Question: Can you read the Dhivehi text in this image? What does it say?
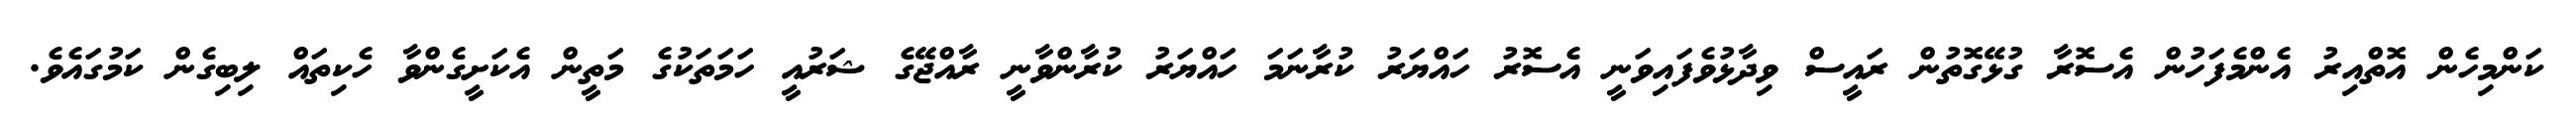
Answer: ކަންމިހެން އޮތްއިރު އެންމެފަހުން އެސޮރާ ގުޅޭގޮތުން ރައީސް ވިދާޅުވެފައިވަނީ އެސޮރު ހައްޔަރު ކުރާނަމަ ހައްޔަރު ކުރާންވާނީ ރާއްޖޭގެ ޝަރުއީ ހަމަތަކުގެ މަތީން އެކަށީގެންވާ ހެކިތައް ލިބިގެން ކަމުގައެވެ.